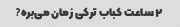
۲ ساعت کباب ترکی زمان می‌بره?